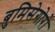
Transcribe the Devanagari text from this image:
बुमिसेगोरो